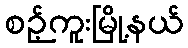
စဉ့်ကူးမြို့နယ်